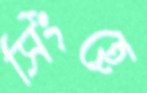
সিংহে